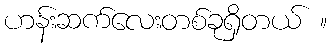
ဟန်းဆက်လေးတစ်ခုရှိတယ် ။